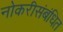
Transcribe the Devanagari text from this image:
नोकरीसंबंधित